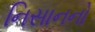
નિસાનનો